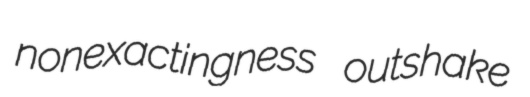
nonexactingness outshake